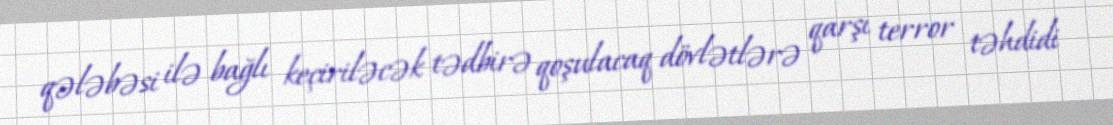
qələbəsi ilə bağlı keçiriləcək tədbirə qoşulacaq dövlətlərə qarşı terror təhdidi